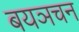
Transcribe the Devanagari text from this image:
बयञचन